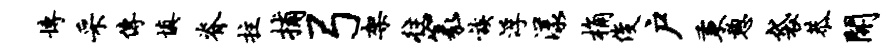
博采传填脊拄捕弓架往篆族浮漾桷俊户秉憩袋恭开